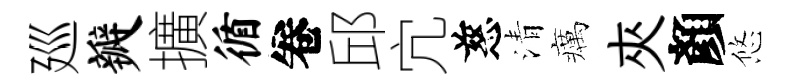
廵瓣擴循卷邱宂慈清癘夾顏悠